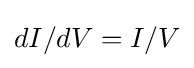
dI/dV=I/V